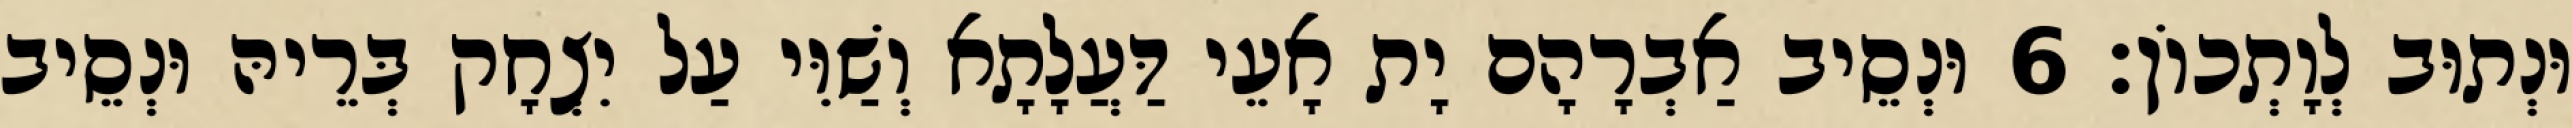
וּנְתוּב לְוָתְכוֹן׃ 6 וּנְסֵיב אַבְרָהָם יָת אָעֵי דַּעֲלָתָא וְשַׁוִּי עַל יִצְחָק בְּרֵיהּ וּנְסֵיב